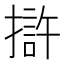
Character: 𭢒